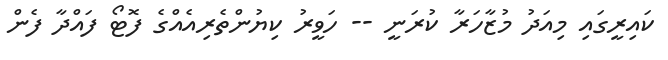
ކައިރީގައި މިއަދު މުޒާހަރާ ކުރަނީ -- ހަވީރު ކިޔުންތެރިއެއްގެ ފޮޓޯ ފައްދާ ފެން